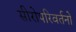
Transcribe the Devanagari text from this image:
सीरोपरिवर्तनों